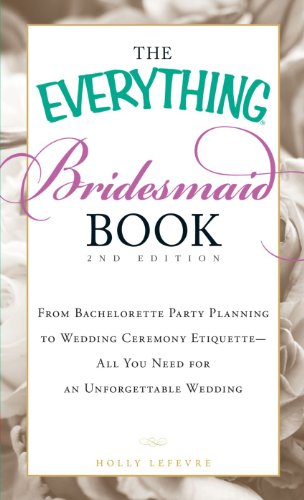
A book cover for The Everything Bridesmaid Book: From bachelorette party planning to wedding ceremony etiquette - all you need for an unforgettable wedding; Holly Lefevre; Crafts, Hobbies & Home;